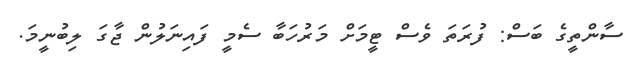
ސާންތީގެ ބަސް: ފުރަތަަ ވެސް ޓީމަށް މަރުހަބާ ސެމީ ފައިނަލުން ޖާގަ ލިބުނީމަ.